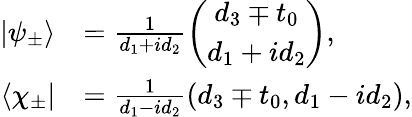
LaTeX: \begin{array}{rl}{|\psi_{\pm}\rangle}&{=\frac{1}{d_{1}+id_{2}}\left(\begin{array}{c}{d_{3}\mp t_{0}}\\ {d_{1}+id_{2}}\end{array}\right),}\\ {\langle\chi_{\pm}|}&{=\frac{1}{d_{1}-id_{2}}(d_{3}\mp t_{0},d_{1}-id_{2}),}\end{array}